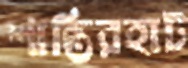
শান্তিরহাট